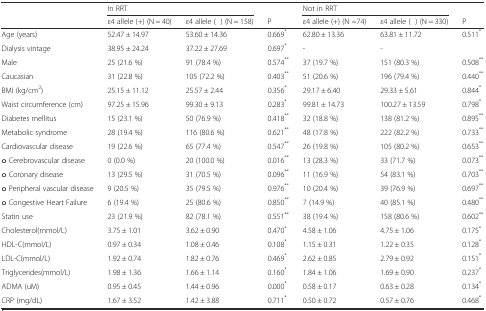
<table><thead><tr><td></td><td colspan="2"><b>In RRT</b></td><td></td><td colspan="2"><b>Not in RRT</b></td><td></td></tr><tr><td></td><td><b>ε4 allele (+) (N = 40)</b></td><td><b>ε4 allele (−) (N = 158)</b></td><td><b>P</b></td><td><b>ε4 allele (+) (N =74)</b></td><td><b>ε4 allele (−) (N = 330)</b></td><td><b>P</b></td></tr></thead><tbody><tr><td>Age (years)</td><td>52.47 ± 14.97</td><td>53.60 ± 14.36</td><td>0.669<sup>*</sup></td><td>62.80 ± 13.36</td><td>63.81 ± 11.72</td><td>0.511<sup>*</sup></td></tr><tr><td>Dialysis vintage</td><td>38.95 ± 24.24</td><td>37.22 ± 27.69</td><td>0.697<sup>*</sup></td><td>-</td><td>-</td><td></td></tr><tr><td>Male</td><td>25 (21.6 %)</td><td>91 (78.4 %)</td><td>0.574<sup>**</sup></td><td>37 (19.7 %)</td><td>151 (80.3 %)</td><td>0.508<sup>**</sup></td></tr><tr><td>Caucasian</td><td>31 (22.8 %)</td><td>105 (72.2 %)</td><td>0.403<sup>**</sup></td><td>51 (20.6 %)</td><td>196 (79.4 %)</td><td>0.440<sup>**</sup></td></tr><tr><td>BMI (kg/cm<sup>2</sup>)</td><td>25.15 ± 11.12</td><td>25.57 ± 2.44</td><td>0.356<sup>*</sup></td><td>29.17 ± 6.40</td><td>29.33 ± 5.61</td><td>0.844<sup>*</sup></td></tr><tr><td>Waist circumference (cm)</td><td>97.25 ± 15.96</td><td>99.30 ± 9.13</td><td>0.283<sup>*</sup></td><td>99.81 ± 14.73</td><td>100.27 ± 13.59</td><td>0.798<sup>*</sup></td></tr><tr><td>Diabetes mellitus</td><td>15 (23.1 %)</td><td>50 (76.9 %)</td><td>0.418<sup>**</sup></td><td>32 (18.8 %)</td><td>138 (81.2 %)</td><td>0.895<sup>**</sup></td></tr><tr><td>Metabolic syndrome</td><td>28 (19.4 %)</td><td>116 (80.6 %)</td><td>0.621<sup>**</sup></td><td>48 (17.8 %)</td><td>222 (82.2 %)</td><td>0.733<sup>**</sup></td></tr><tr><td>Cardiovascular disease</td><td>19 (22.6 %)</td><td>65 (77.4 %)</td><td>0.547<sup>**</sup></td><td>26 (19.8 %)</td><td>105 (80.2 %)</td><td>0.653<sup>**</sup></td></tr><tr><td>o Cerebrovascular disease</td><td>0 (0.0 %)</td><td>20 (100.0 %)</td><td>0.016<sup>**</sup></td><td>13 (28.3 %)</td><td>33 (71.7 %)</td><td>0.073<sup>**</sup></td></tr><tr><td>o Coronary disease</td><td>13 (29.5 %)</td><td>31 (70.5 %)</td><td>0.096<sup>**</sup></td><td>11 (16.9 %)</td><td>54 (83.1 %)</td><td>0.703<sup>**</sup></td></tr><tr><td>o Peripheral vascular disease</td><td>9 (20.5 %)</td><td>35 (79.5 %)</td><td>0.976<sup>**</sup></td><td>10 (20.4 %)</td><td>39 (76.9 %)</td><td>0.697<sup>**</sup></td></tr><tr><td>o Congestive Heart Failure</td><td>6 (19.4 %)</td><td>25 (80.6 %)</td><td>0.850<sup>**</sup></td><td>7 (14.9 %)</td><td>40 (85.1 %)</td><td>0.480<sup>**</sup></td></tr><tr><td>Statin use</td><td>23 (21.9 %)</td><td>82 (78.1 %)</td><td>0.551<sup>**</sup></td><td>38 (19.4 %)</td><td>158 (80.6 %)</td><td>0.602<sup>**</sup></td></tr><tr><td>Cholesterol(mmol/L)</td><td>3.75 ± 1.01</td><td>3.62 ± 0.90</td><td>0.470<sup>*</sup></td><td>4.58 ± 1.06</td><td>4.75 ± 1.06</td><td>0.175<sup>*</sup></td></tr><tr><td>HDL-C(mmol/L)</td><td>0.97 ± 0.34</td><td>1.08 ± 0.46</td><td>0.108<sup>*</sup></td><td>1.15 ± 0.31</td><td>1.22 ± 0.35</td><td>0.128<sup>*</sup></td></tr><tr><td>LDL-C(mmol/L)</td><td>1.92 ± 0.74</td><td>1.82 ± 0.76</td><td>0.469<sup>*</sup></td><td>2.62 ± 0.85</td><td>2.79 ± 0.92</td><td>0.151<sup>*</sup></td></tr><tr><td>Triglycerides(mmol/L)</td><td>1.98 ± 1.36</td><td>1.66 ± 1.14</td><td>0.160<sup>*</sup></td><td>1.84 ± 1.06</td><td>1.69 ± 0.90</td><td>0.237<sup>*</sup></td></tr><tr><td>ADMA (uM)</td><td>0.95 ± 0.45</td><td>1.44 ± 0.96</td><td>0.000<sup>*</sup></td><td>0.58 ± 0.17</td><td>0.63 ± 0.28</td><td>0.134<sup>*</sup></td></tr><tr><td>CRP (mg/dL)</td><td>1.67 ± 3.52</td><td>1.42 ± 3.88</td><td>0.711<sup>*</sup></td><td>0.50 ± 0.72</td><td>0.57 ± 0.76</td><td>0.468<sup>*</sup></td></tr></tbody></table>